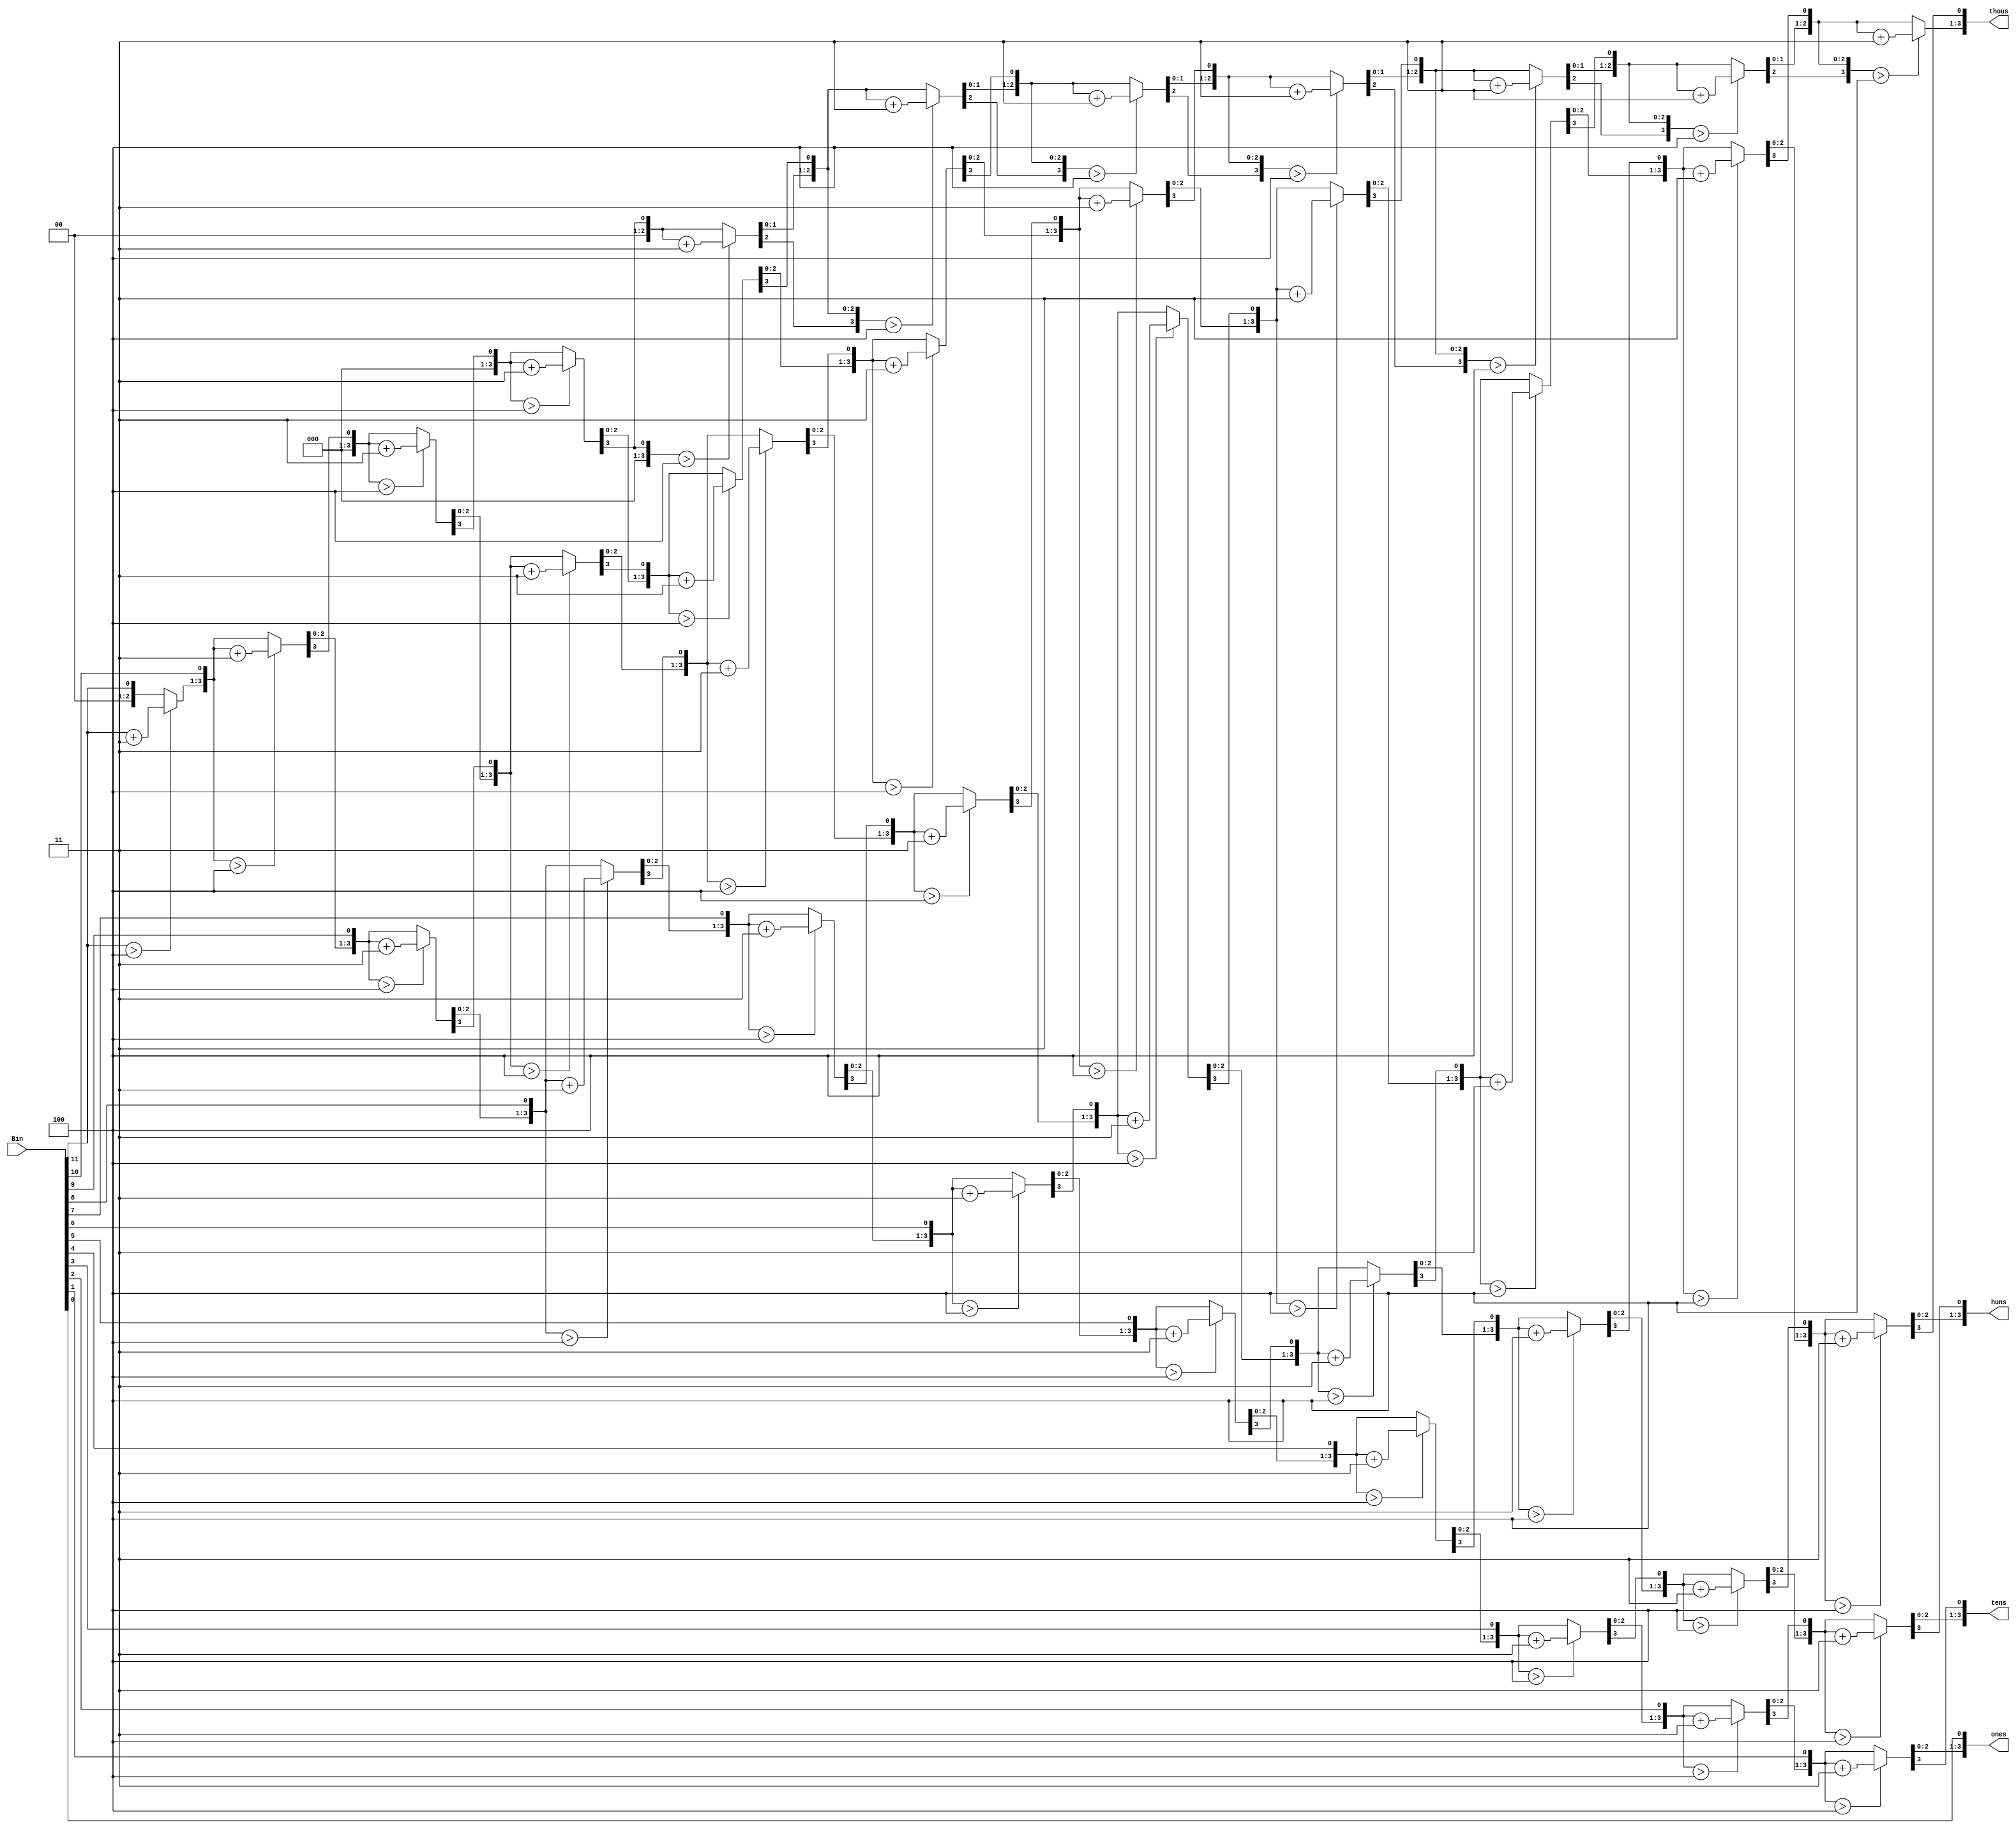
module Bin2BCD(Bin,ones,tens,huns,thous);

input [11:0] Bin;
output reg[3:0] ones;
output reg[3:0] tens;
output reg[3:0] huns;
output reg[3:0] thous;

reg[11:0] temp;
reg[15:0] BCD;
reg[3:0] i;

always @ (Bin)
	begin
		BCD = 16'b0000_0000_0000_0000;
		temp = Bin;
		
		for(i = 0; i <=11 ; i = i + 4'b1)
			begin
				if(BCD[3:0] > 4)
					BCD[3:0] = BCD[3:0] + 4'd3;
				if(BCD[7:4] > 4)
					BCD[7:4] = BCD[7:4] + 4'd3;
				if(BCD[11:8] > 4)
					BCD[11:8] = BCD[11:8] + 4'd3;
				if(BCD[15:12] > 4)
					BCD[15:12] = BCD[15:12] + 4'd3;
					
				BCD = {BCD[14:0],temp[11]};
				temp = {temp[10:0],1'b0};
			end
		ones <= BCD[3:0];
		tens <= BCD[7:4];
		huns <= BCD[11:8];
		thous <= BCD[15:12];
	end

endmodule